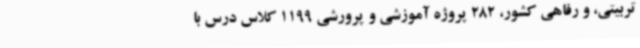
تربیتی، و رفاهی کشور، 282 پروژه آموزشی و پرورشی 1199 کلاس درس با